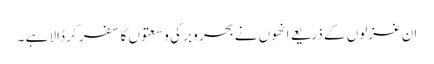
ان غزلوں کے ذریعے انھوں نے بحر و بر کی وسعتوں کا سفر کر ڈالا ہے ۔